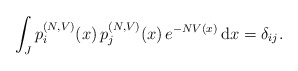
\begin{align*}\int_J p_i^{(N,V)}(x) \, p_j^{(N,V)}(x) \, e^{-NV(x)} \, \mathrm dx =\delta_{ij}.\end{align*}